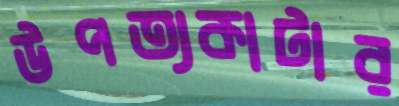
উপত্যকাটার